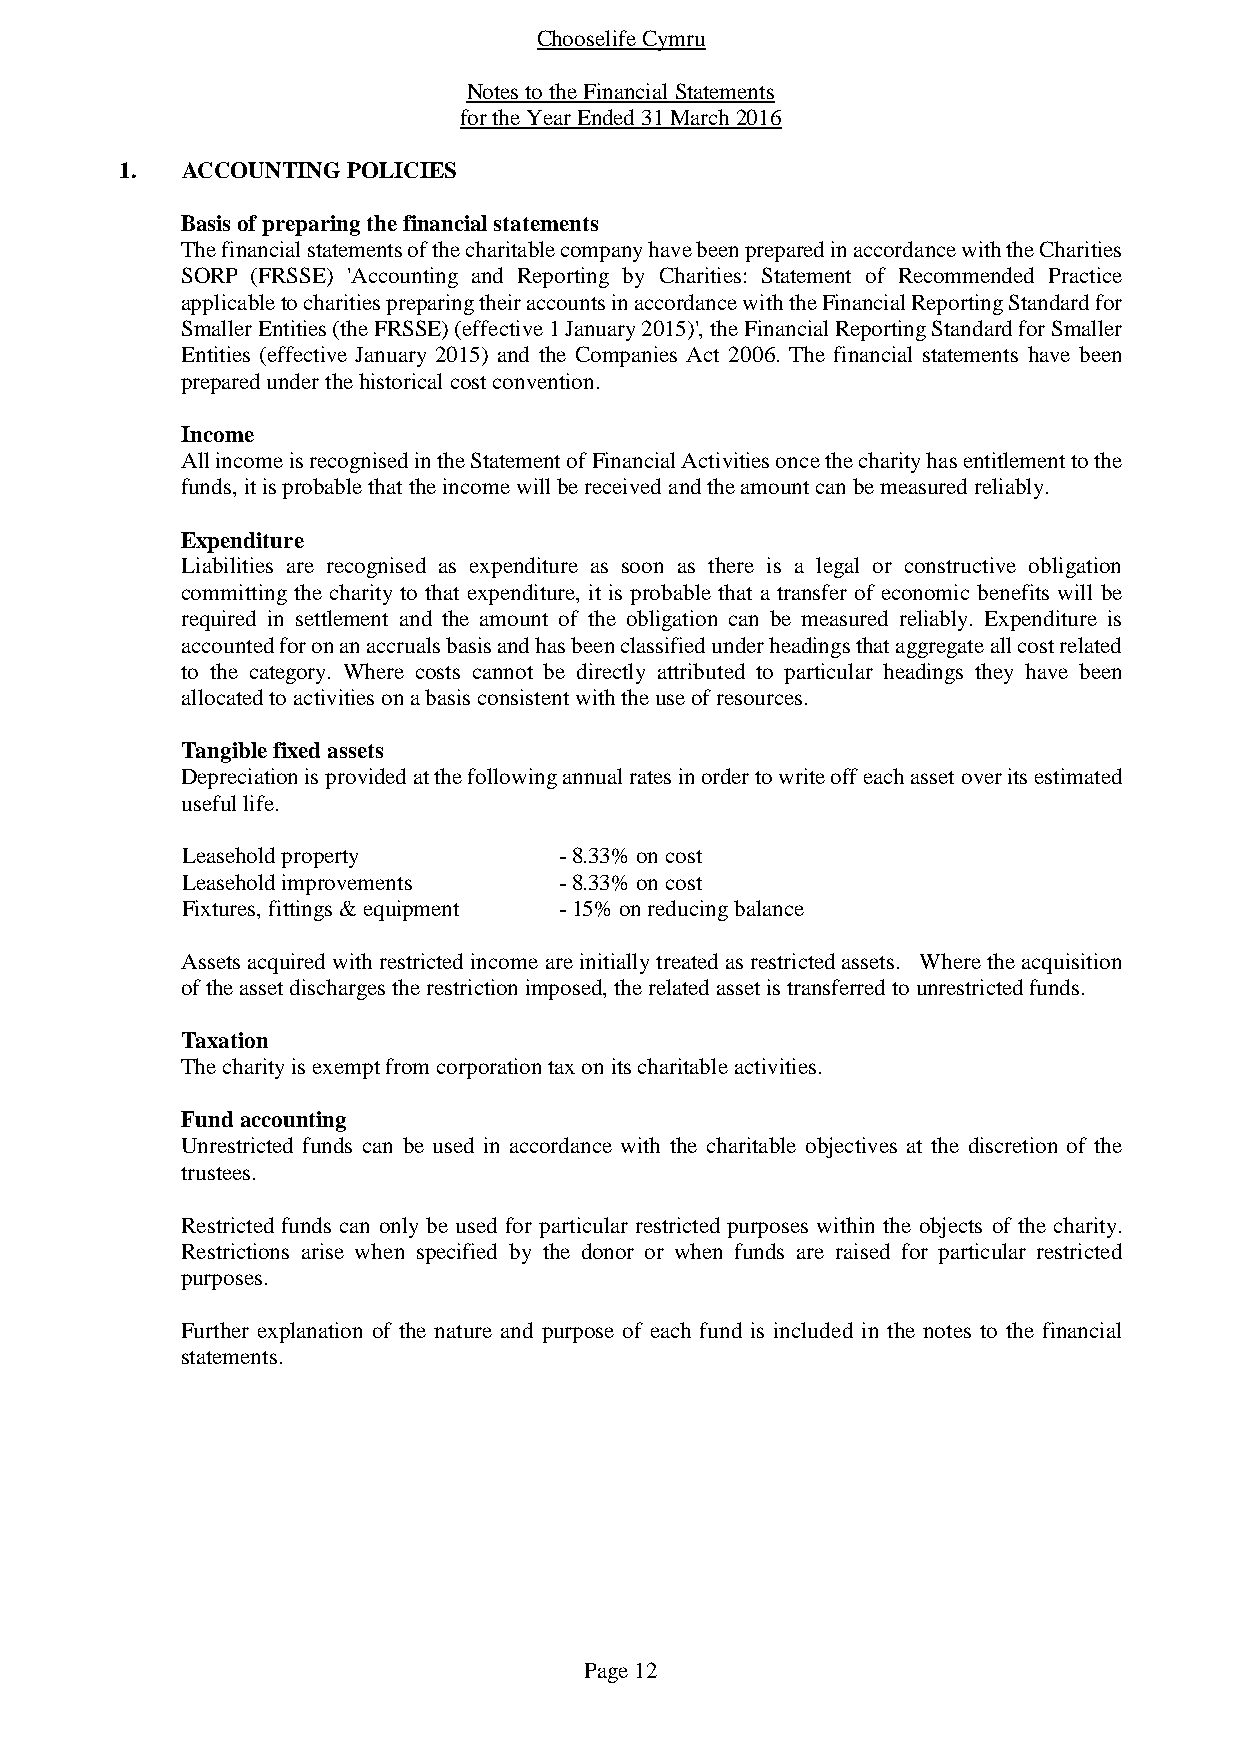
Chooselife Cymru
 Notes to the Financial Statements
 for the Year Ended 31 March 2016
 1.  ACCOUNTING POLICIES
 Basis of preparing the financial statements
 The financial statements of the charitable company have been prepared in accordance with the Charities
 SORP (FRSSE) 'Accounting and Reporting by Charities: Statement of Recommended Practice
 applicable to charities preparing their accounts in accordance with the Financial Reporting Standard for
 Smaller Entities (the FRSSE) (effective 1 January 2015)', the Financial Reporting Standard for Smaller
 Entities (effective January 2015) and the Companies Act 2006. The financial statements have been
 prepared under the historical cost convention.
 Income
 All income is recognised in the Statement of Financial Activities once the charity has entitlement to the
 funds, it is probable that the income will be received and the amount can be measured reliably.
 Expenditure
 Liabilities are recognised as expenditure as soon as there is a legal or constructive obligation
 committing the charity to that expenditure, it is probable that a transfer of economic benefits will be
 required in settlement and the amount of the obligation can be measured reliably. Expenditure is
 accounted for on an accruals basis and has been classified under headings that aggregate all cost related
 to the category. Where costs cannot be directly attributed to particular headings they have been
 allocated to activities on a basis consistent with the use of resources.
 Tangible fixed assets
 Depreciation is provided at the following annual rates in order to write off each asset over its estimated
 useful life.
 Leasehold property       - 8.33% on cost
 Leasehold improvements   - 8.33% on cost
 Fixtures, fittings & equipment - 15% on reducing balance
 Assets acquired with restricted income are initially treated as restricted assets. Where the acquisition
 of the asset discharges the restriction imposed, the related asset is transferred to unrestricted funds.
 Taxation
 The charity is exempt from corporation tax on its charitable activities.
 Fund accounting
 Unrestricted funds can be used in accordance with the charitable objectives at the discretion of the
 trustees.
 Restricted funds can only be used for particular restricted purposes within the objects of the charity.
 Restrictions arise when specified by the donor or when funds are raised for particular restricted
 purposes.
 Further explanation of the nature and purpose of each fund is included in the notes to the financial
 statements.
 Page 12